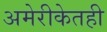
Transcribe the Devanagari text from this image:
अमेरीकेतही